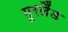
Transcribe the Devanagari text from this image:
मूरलैंड